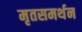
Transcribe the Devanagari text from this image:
मृतसमर्थन